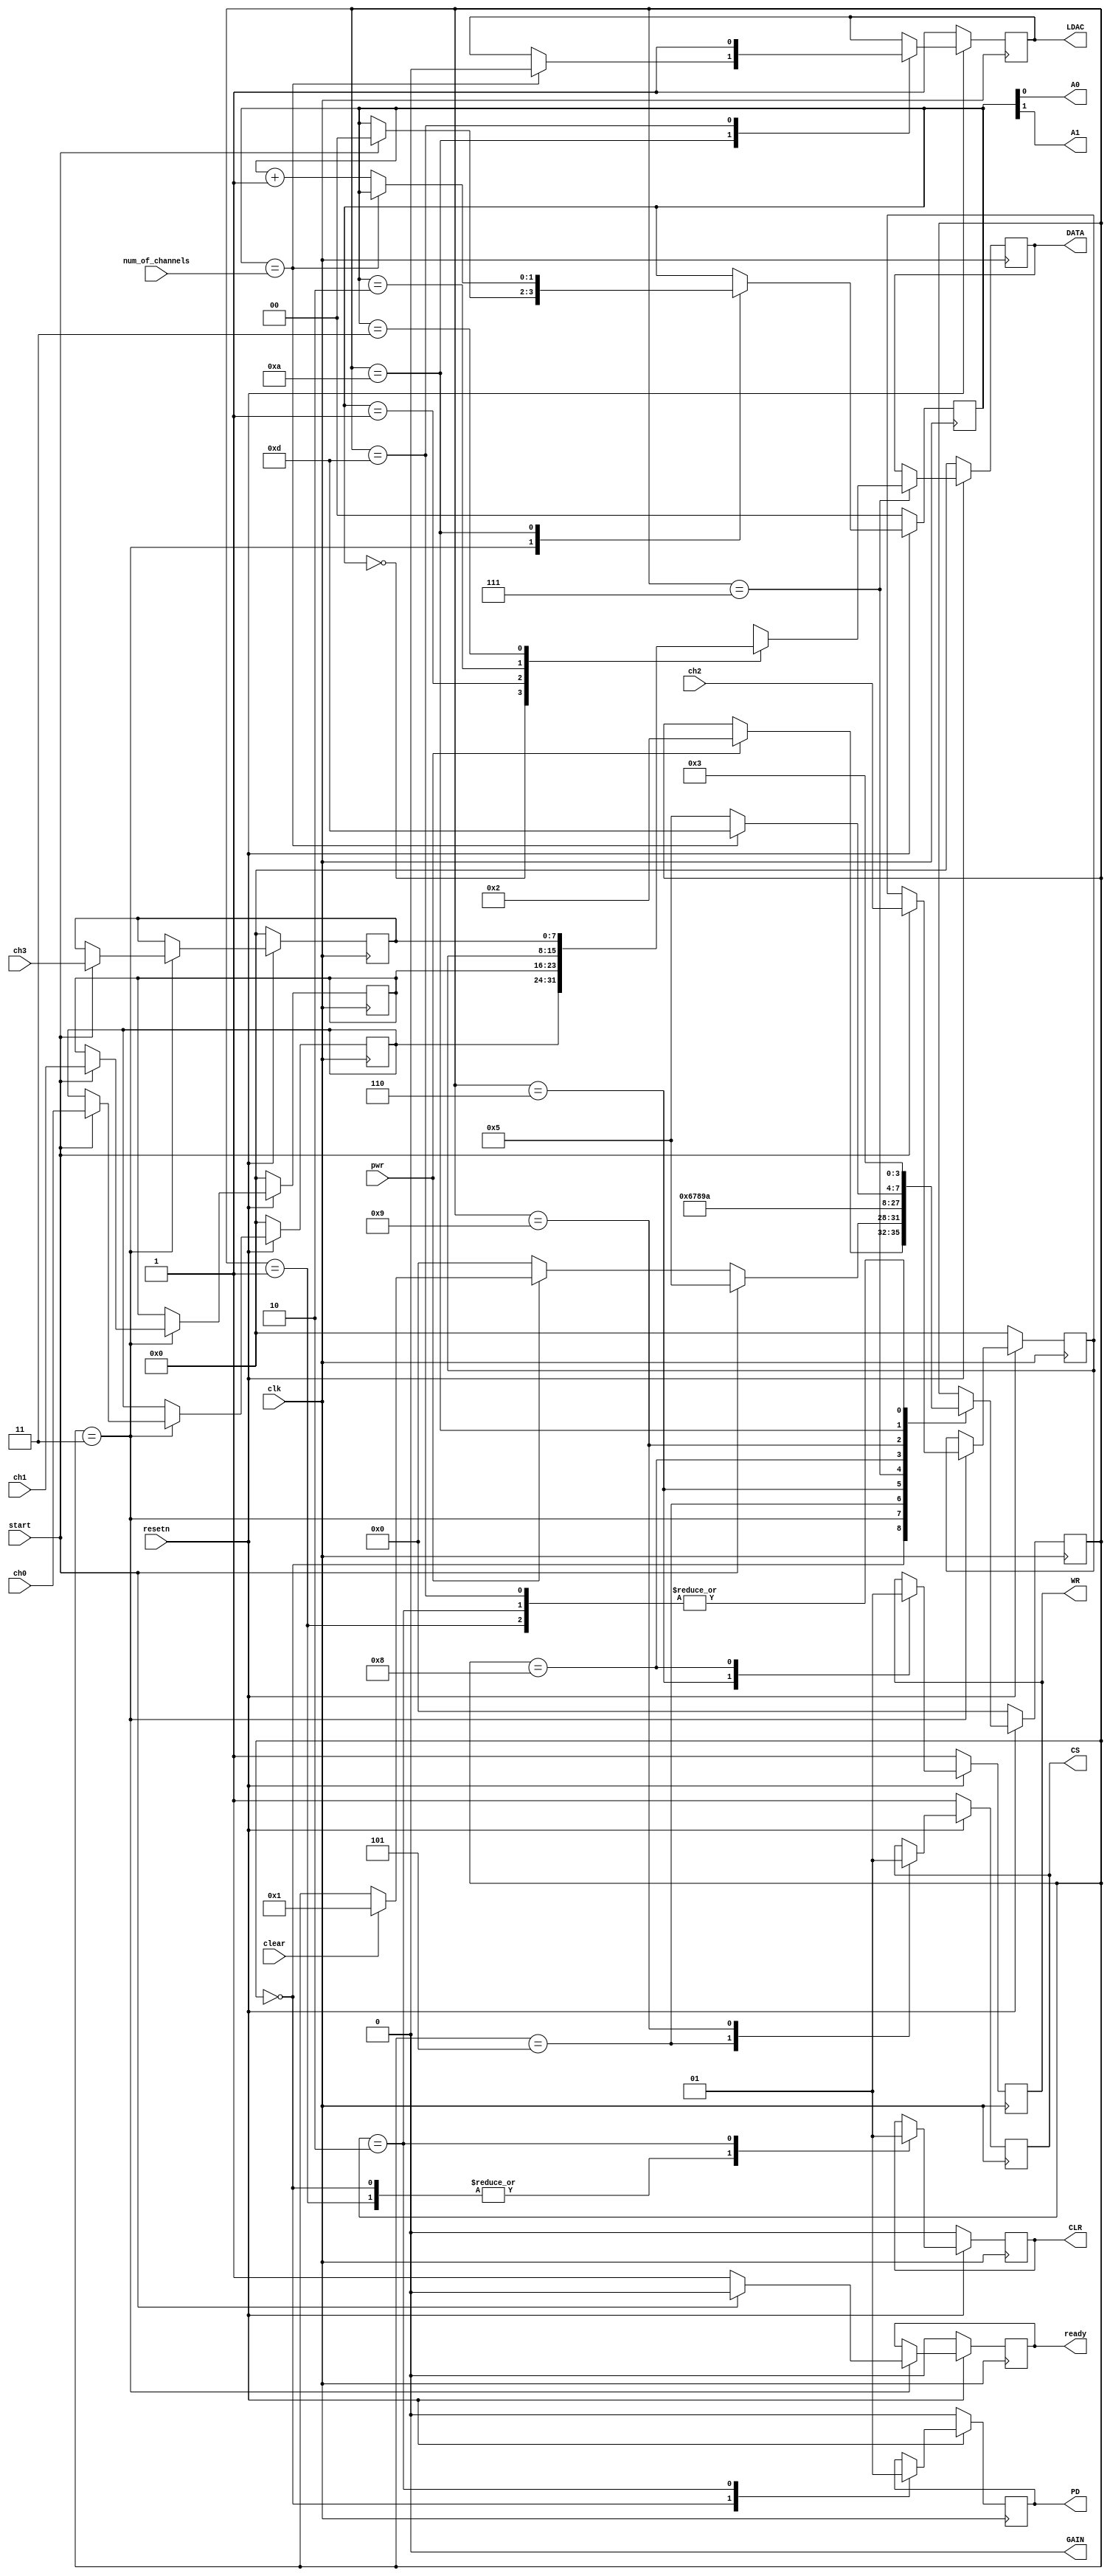

module dac_write(clk, resetn, ch0, ch1, ch2, ch3, start, pwr, ready, clear, num_of_channels,
					CS, WR, DATA, GAIN, LDAC, CLR, PD, A0, A1);

// This module take 4 channels at the same time, asynchronous updates the output
// clk cannot faster than 50 MHz
// num_of_channel = 3 -> 4 channels, 0 = 1 channel

input			clk, resetn;
input	[7:0]	ch0, ch1, ch2, ch3;
input			start, pwr, clear;
input	[1:0]	num_of_channels;
output			ready;

output			CS, WR, GAIN, LDAC, CLR, PD;
output	[7:0]	DATA;
output			A0, A1;


reg		[7:0]	ch0_reg, next_ch0_reg, ch1_reg, next_ch1_reg, ch2_reg, next_ch2_reg, ch3_reg, next_ch3_reg;
reg				ready, next_ready;
reg				CS, next_CS, WR, next_WR, LDAC, next_LDAC, CLR, next_CLR, PD, next_PD;
reg		[7:0]	DATA, next_DATA;
reg		[3:0]	state, next_state;
reg		[1:0]	ch_counter, next_ch_counter;

assign A0 = ch_counter[0];
assign A1 = ch_counter[1];

assign GAIN = 0;	// output range from 0~Vref

parameter OFF = 0;
parameter CLEAR = 1;
parameter INIT = 2;
parameter READY = 3;
parameter TX_INIT0 = 5;
parameter TX_INIT1 = 6;
parameter TX_INIT2 = 7;
parameter WRITE_TO_INPUT_REG = 8;
parameter PREPARE_NEXT = 9;
parameter CHECK_UPDATE = 10;
parameter BACK_TO_READY = 13;

`define SD #1

always @ (posedge clk)
begin
	if (~resetn)
	begin
		ch0_reg <= 0;
		ch1_reg <= 0;
		ch2_reg <= 0;
		ch3_reg <= 0;
		ready <= 0;
		CS <= 1;
		WR <= 1;
		LDAC <= 1;
		CLR <= 0;		// clear all registers
		PD <= 0;		// default off
		DATA <= 0;
		state <= OFF;
		ch_counter <= 0;
	end
	else
	begin
		ch0_reg <= `SD next_ch0_reg;
		ch1_reg <= `SD next_ch1_reg;
		ch2_reg <= `SD next_ch2_reg;
		ch3_reg <= `SD next_ch3_reg;
		ready	<= `SD next_ready;
		CS 		<= `SD next_CS;
		WR 		<= `SD next_WR;
		LDAC 	<= `SD next_LDAC;
		CLR 	<= `SD next_CLR;
		PD 		<= `SD next_PD;
		DATA	<= `SD next_DATA;
		state	<= `SD next_state;
		ch_counter <= `SD next_ch_counter;
	end
end

always @ *
begin
	next_ch0_reg = ch0_reg;
	next_ch1_reg = ch1_reg;
	next_ch2_reg = ch2_reg;
	next_ch3_reg = ch3_reg;
	next_ready = ready;
	next_CS = CS;
	next_WR = WR;
	next_LDAC = LDAC;
	next_CLR = CLR;
	next_PD = PD;
	next_DATA = DATA;
	next_state = state;
	next_ch_counter = ch_counter;

	case (state)
		OFF:
		begin
			next_CLR = 0;
			next_PD = 0;
			if (pwr)
				next_state = INIT;
		end

		CLEAR:
		begin
			next_CLR = 0;
			next_state = READY;
		end

		INIT:
		begin
			next_CLR = 1;	// exit CLR
			next_PD = 1;	// power up
			next_state = READY;
		end

		READY:
		begin
			next_ready = 1;
			if (start)
			begin
				next_ready = 0;
				next_ch0_reg = ch0;
				next_ch1_reg = ch1;
				next_ch2_reg = ch2;
				next_ch3_reg = ch3;
				next_state = TX_INIT0;
				next_ch_counter = 0;
			end
			else if (~pwr)
				next_state = OFF;
			else if (clear)
				next_state = CLEAR;
		end

		TX_INIT0:
		begin
			next_CS = 0;
			next_state = TX_INIT1;
		end

		TX_INIT1:
		begin
			next_WR = 0;
			next_state = TX_INIT2;
		end

		TX_INIT2:
		begin
			case (ch_counter)
				0: 	begin next_DATA = ch0_reg; 	end
				1: 	begin next_DATA = ch1_reg; 	end
				2: 	begin next_DATA = ch2_reg; 	end
				3: 	begin next_DATA = ch3_reg; 	end
			endcase
			next_state = WRITE_TO_INPUT_REG;
		end

		WRITE_TO_INPUT_REG:
		begin
			next_WR = 1;
			next_state = PREPARE_NEXT;
		end

		PREPARE_NEXT:
		begin
			next_CS = 1;
			next_state = CHECK_UPDATE;
		end

		CHECK_UPDATE:
		begin
			if (ch_counter==num_of_channels)
			begin
				next_LDAC = 0;
				next_state = BACK_TO_READY;
			end
			else
			begin
				next_ch_counter = ch_counter + 1;
				next_state = TX_INIT0;
			end
		end

		BACK_TO_READY:
		begin
			next_LDAC = 1;
			next_state = READY;
		end

	endcase
end

endmodule